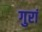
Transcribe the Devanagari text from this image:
गुरां